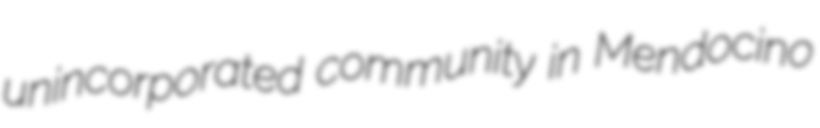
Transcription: unincorporated community in Mendocino